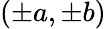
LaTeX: (\pm a,\pm b)